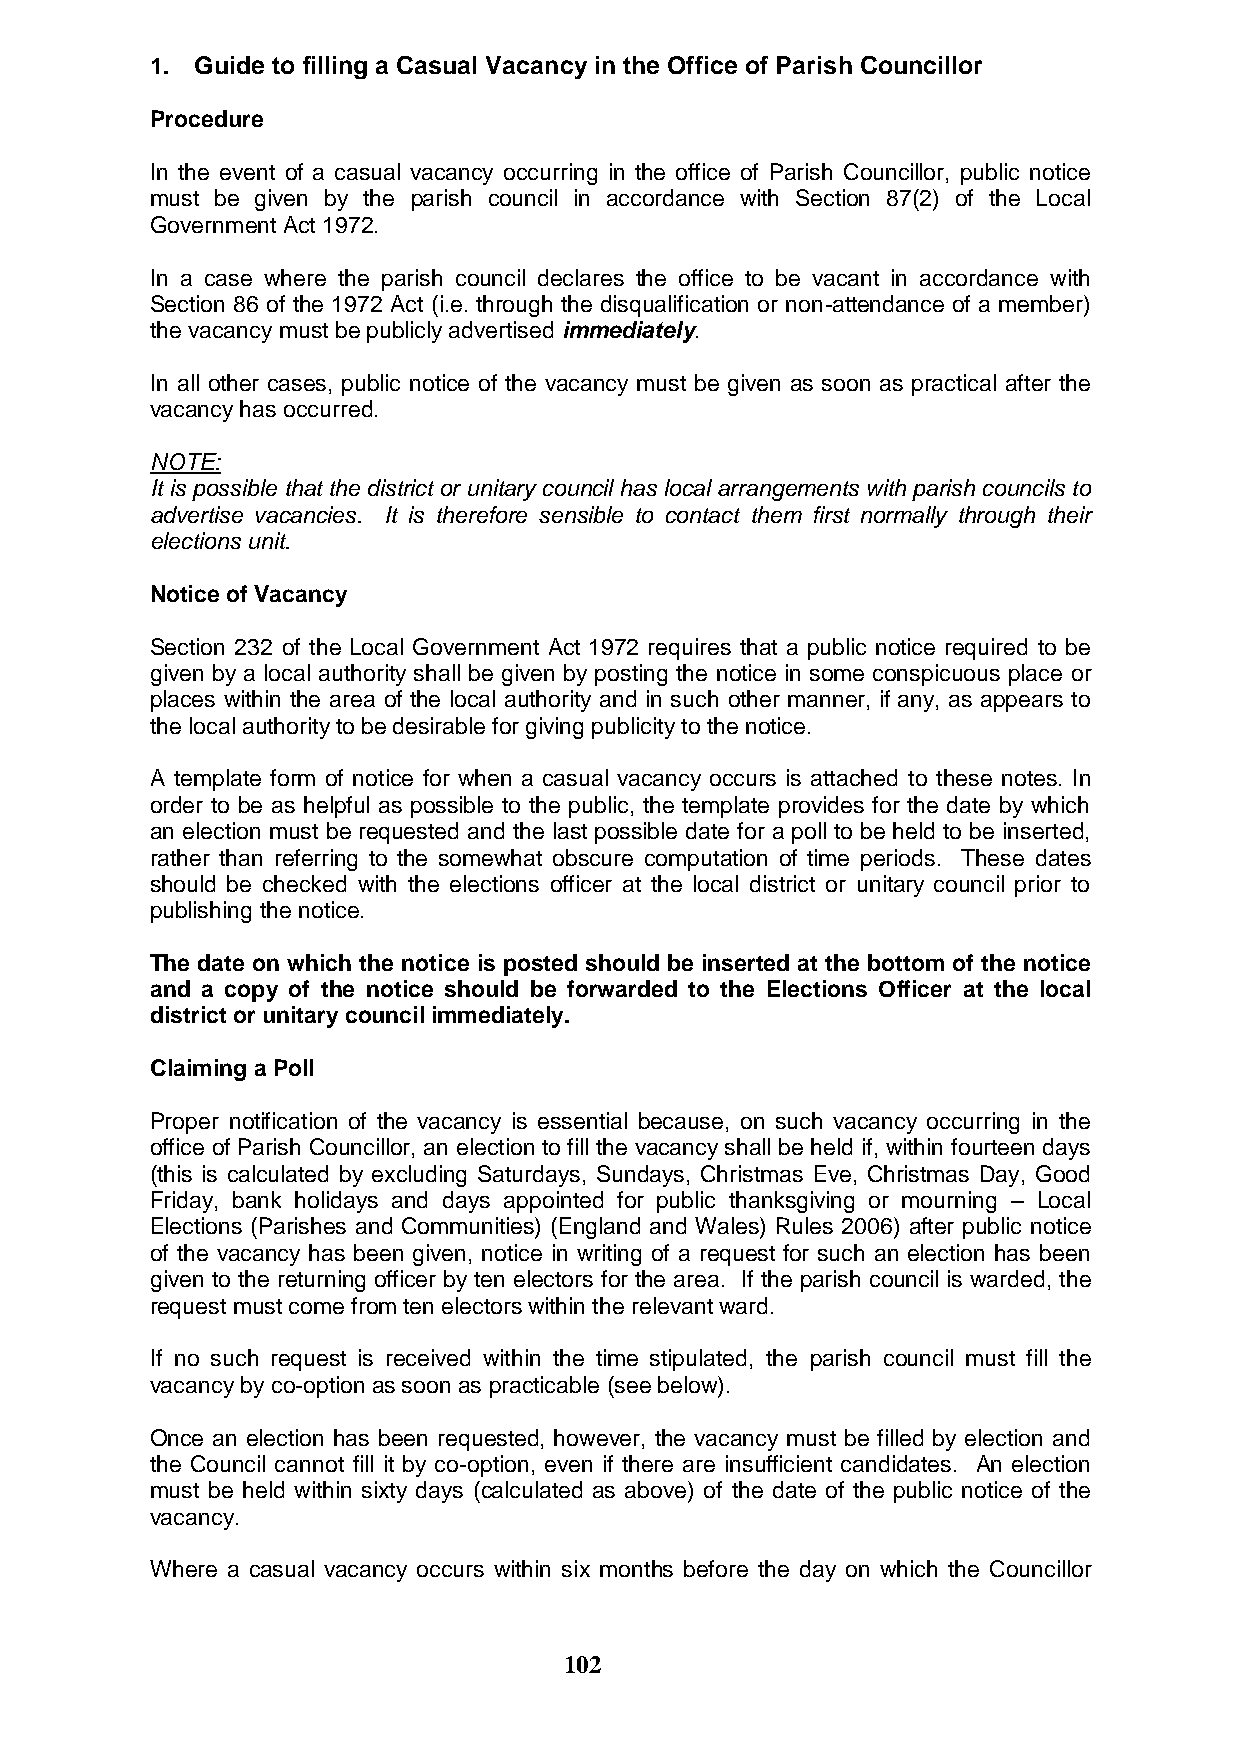
1. Guide to filling a Casual Vacancy in the Office of Parish Councillor
 Procedure
 In the event of a casual vacancy occurring in the office of Parish Councillor, public notice
 must be given by the parish council in accordance with Section 87(2) of the Local
 Government Act 1972.
 In a case where the parish council declares the office to be vacant in accordance with
 Section 86 of the 1972 Act (i.e. through the disqualification or non-attendance of a member)
 the vacancy must be publicly advertised immediately.
 In all other cases, public notice of the vacancy must be given as soon as practical after the
 vacancy has occurred.
 NOTE:
 It is possible that the district or unitary council has local arrangements with parish councils to
 advertise vacancies. It is therefore sensible to contact them first normally through their
 elections unit.
 Notice of Vacancy
 Section 232 of the Local Government Act 1972 requires that a public notice required to be
 given by a local authority shall be given by posting the notice in some conspicuous place or
 places within the area of the local authority and in such other manner, if any, as appears to
 the local authority to be desirable for giving publicity to the notice.
 A template form of notice for when a casual vacancy occurs is attached to these notes. In
 order to be as helpful as possible to the public, the template provides for the date by which
 an election must be requested and the last possible date for a poll to be held to be inserted,
 rather than referring to the somewhat obscure computation of time periods. These dates
 should be checked with the elections officer at the local district or unitary council prior to
 publishing the notice.
 The date on which the notice is posted should be inserted at the bottom of the notice
 and a copy of the notice should be forwarded to the Elections Officer at the local
 district or unitary council immediately.
 Claiming a Poll
 Proper notification of the vacancy is essential because, on such vacancy occurring in the
 office of Parish Councillor, an election to fill the vacancy shall be held if, within fourteen days
 (this is calculated by excluding Saturdays, Sundays, Christmas Eve, Christmas Day, Good
 Friday, bank holidays and days appointed for public thanksgiving or mourning – Local
 Elections (Parishes and Communities) (England and Wales) Rules 2006) after public notice
 of the vacancy has been given, notice in writing of a request for such an election has been
 given to the returning officer by ten electors for the area. If the parish council is warded, the
 request must come from ten electors within the relevant ward.
 If no such request is received within the time stipulated, the parish council must fill the
 vacancy by co-option as soon as practicable (see below).
 Once an election has been requested, however, the vacancy must be filled by election and
 the Council cannot fill it by co-option, even if there are insufficient candidates. An election
 must be held within sixty days (calculated as above) of the date of the public notice of the
 vacancy.
 Where a casual vacancy occurs within six months before the day on which the Councillor
 102